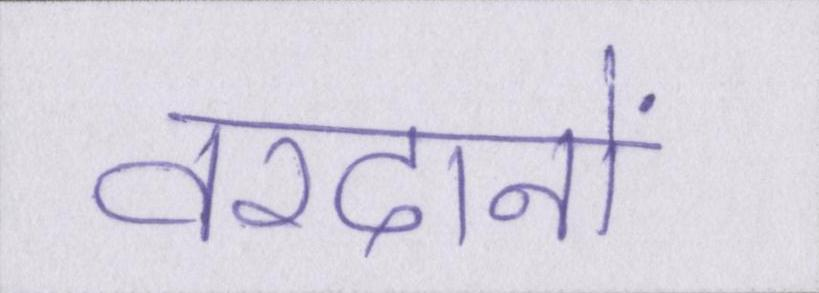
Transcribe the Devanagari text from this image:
वरदानों